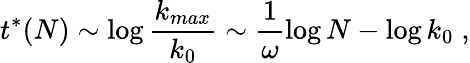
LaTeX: t^{*}(N)\sim\log\frac{k_{max}}{k_{0}}\sim\frac{1}{\omega}\log N-\log k_{0}\; ,